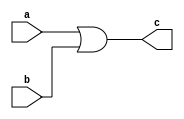
// OR gate with 2 inputs and 1 output

module or_2 (
	input a,
	input b,
	output c
);

// c = a | b  or  c = a + b

or i1 (c, a, b); // in-built-module-name module-instance-name (out, in1, in2); 

endmodule